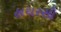
હાથરસી